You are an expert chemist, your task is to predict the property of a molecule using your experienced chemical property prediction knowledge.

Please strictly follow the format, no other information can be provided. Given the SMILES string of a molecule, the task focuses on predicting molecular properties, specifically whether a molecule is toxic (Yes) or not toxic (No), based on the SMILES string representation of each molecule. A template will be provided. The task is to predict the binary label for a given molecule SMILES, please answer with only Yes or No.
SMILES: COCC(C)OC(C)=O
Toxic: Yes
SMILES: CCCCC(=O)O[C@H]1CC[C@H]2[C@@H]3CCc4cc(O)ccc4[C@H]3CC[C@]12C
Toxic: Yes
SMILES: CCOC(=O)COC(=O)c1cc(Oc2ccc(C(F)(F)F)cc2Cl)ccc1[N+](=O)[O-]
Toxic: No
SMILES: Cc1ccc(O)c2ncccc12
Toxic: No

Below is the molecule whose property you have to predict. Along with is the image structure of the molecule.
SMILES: CC(C)(C)OOC(=O)c1ccccc1
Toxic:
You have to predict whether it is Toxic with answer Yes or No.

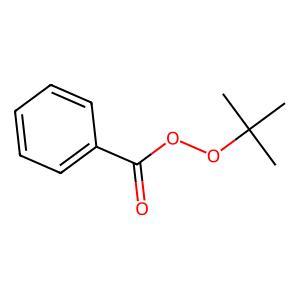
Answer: No